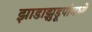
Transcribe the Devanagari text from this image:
झाडाझुडूपांमध्ये